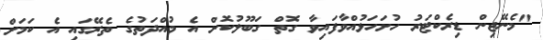
"މެނޭޖިން ޑިރެކްޓަރު ހުށަހަޅުއްވާފައިވާ ގޮތް ގަބޫލުކޮށް އެ މުއްދަތުގެ ތެރޭގައި އެ ކަމަށް